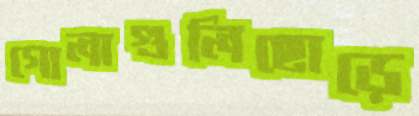
গোলাগুলিছোড়ে